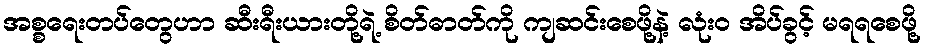
အစ္စရေးတပ်တွေဟာ ဆီးရီးယားတို့ရဲ့ စိတ်ဓာတ်ကို ကျဆင်းစေဖို့နဲ့ လုံး၀ အိပ်ခွင့် မရရစေဖို့